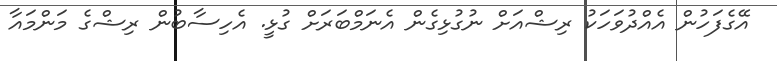
އޭގެފަހުން އެއްދުވަހަކު ރިޝްއަށް ނުގުޅިގެން އެނަމްބަރަށް ގުޅީ. އެހިސާބުން ރިޝްގެ މަންމައާ